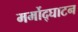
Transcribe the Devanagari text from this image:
मर्मोद्घाटन